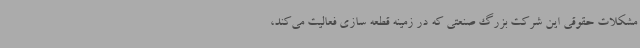
مشکلات حقوقی این شرکت بزرگ صنعتی که در زمینه قطعه سازی فعالیت می‌کند،